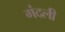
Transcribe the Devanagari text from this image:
गंदली